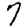
Digit: 7